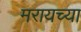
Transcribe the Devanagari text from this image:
मरायच्या